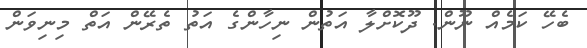
ބެހޭ ކަމެއް ނޫން. ދޫކޮށްލާ އަތުން ނިހާންގެ އަތު ތެރޭން އަތް މިނިވަން